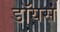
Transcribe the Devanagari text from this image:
डॉयस